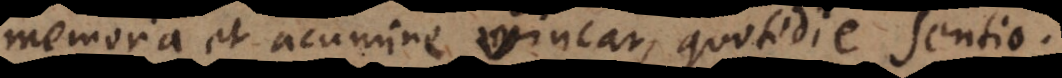
memoria et acumine vincar, quotidie sentio.